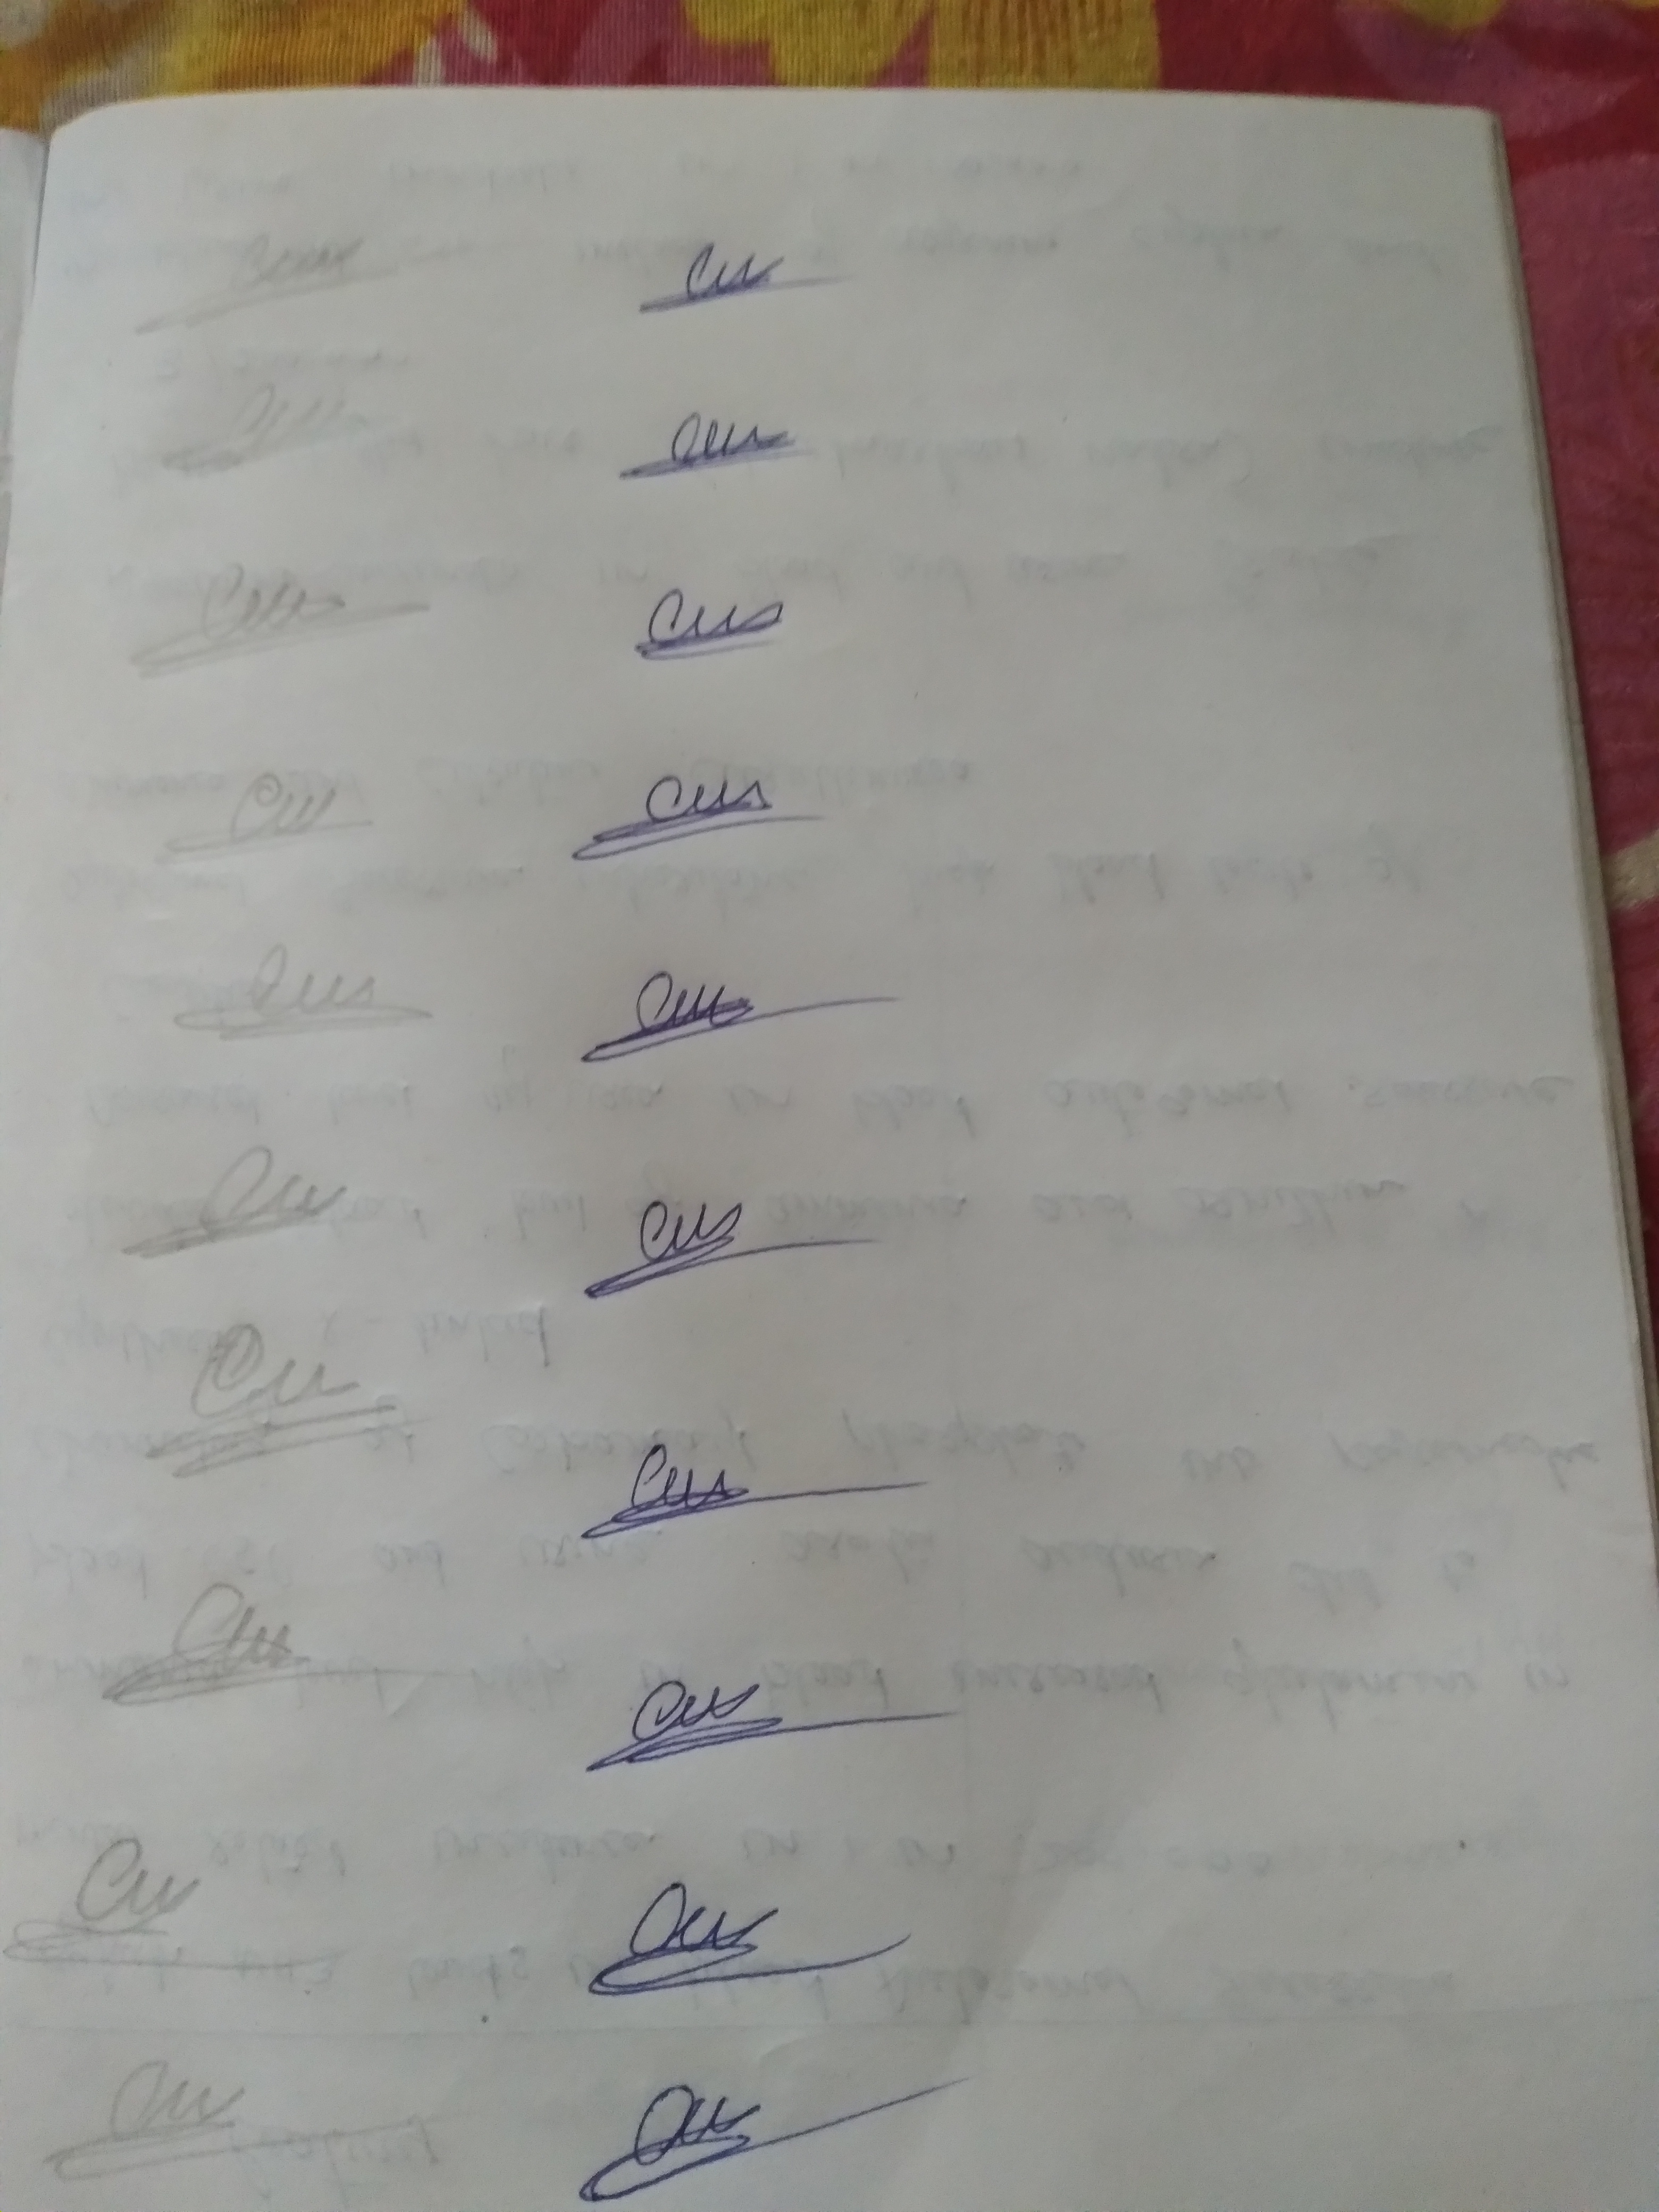
Signature authenticity: genuine